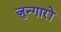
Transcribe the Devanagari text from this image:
ज़ुन्गारों